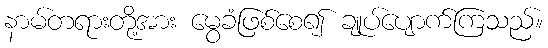
နာမ်တရားတို့အား မွေခံဖြစ်စေ၍ ချုပ်ပျောက်ကြသည်။